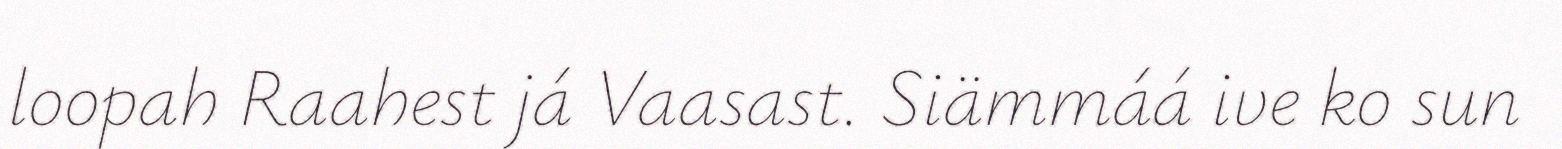
loopah Raahest já Vaasast. Siämmáá ive ko sun